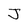
Character: J